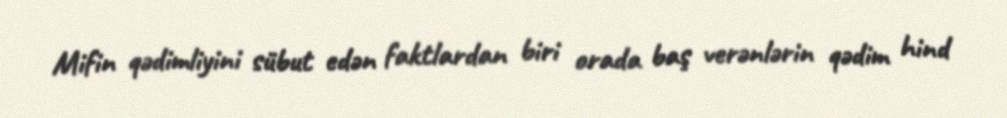
Mifin qədimliyini sübut edən faktlardan biri orada baş verənlərin qədim hind